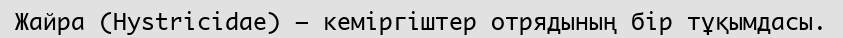
Жайра (Hystrіcіdae) – кеміргіштер отрядының бір тұқымдасы.